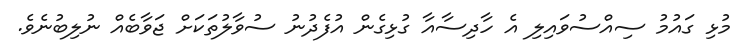
މުޅި ގައުމު ސިއްސުވައިލި އެ ހާދިސާއާ ގުޅިގެން އުފެދުނު ސުވާލުތަކަށް ޖަވާބެއް ނުލިބުނެވެ.